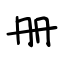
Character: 册